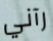
رآني